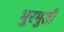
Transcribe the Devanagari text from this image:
भुरभुशी